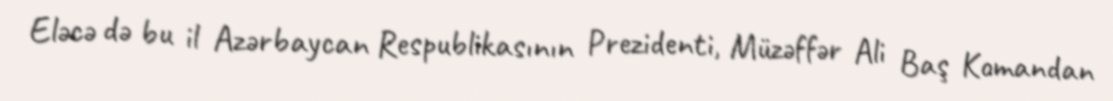
Eləcə də bu il Azərbaycan Respublikasının Prezidenti, Müzəffər Ali Baş Komandan